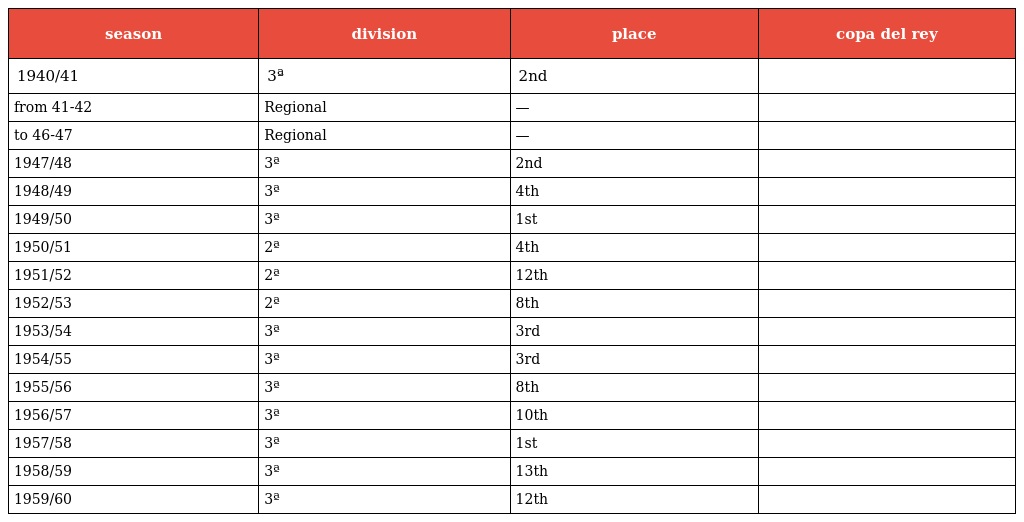
| season | division | place | copa del rey |
 | --- | --- | --- | --- |
 | 1940/41 | 3ª | 2nd |  |
 | from 41-42 | Regional | — |  |
 | to 46-47 | Regional | — |  |
 | 1947/48 | 3ª | 2nd |  |
 | 1948/49 | 3ª | 4th |  |
 | 1949/50 | 3ª | 1st |  |
 | 1950/51 | 2ª | 4th |  |
 | 1951/52 | 2ª | 12th |  |
 | 1952/53 | 2ª | 8th |  |
 | 1953/54 | 3ª | 3rd |  |
 | 1954/55 | 3ª | 3rd |  |
 | 1955/56 | 3ª | 8th |  |
 | 1956/57 | 3ª | 10th |  |
 | 1957/58 | 3ª | 1st |  |
 | 1958/59 | 3ª | 13th |  |
 | 1959/60 | 3ª | 12th |  |